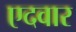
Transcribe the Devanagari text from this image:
एदवार